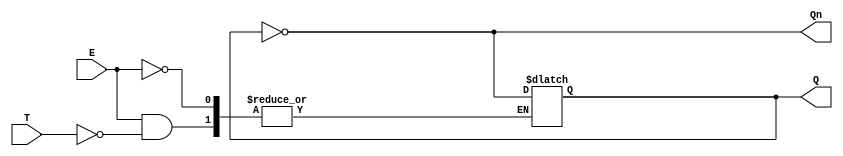
module gated_t_latch (
    input wire T,      // Toggle input
    input wire E,      // Enable input
    output reg Q,      // Output Q
    output wire Qn     // Complement of Q (Not Q)
);

// Assign Qn as the complement of Q
assign Qn = ~Q;

// Always block for the gated T latch behavior
always @(E or T) begin
    if (E) begin
        // Enable is high, check the toggle input
        if (T) begin
            // Toggle the output Q
            Q <= ~Q;  // Flip Q
        end
        // If T is low, Q remains unchanged
    end
    // If E is low, Q remains unchanged
end

// Initial state for Q (optional)
initial begin
    Q = 1'b0;  // Initialize Q to 0
end

endmodule